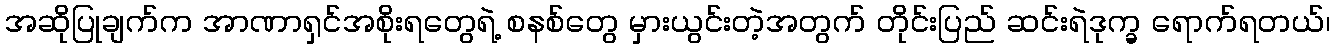
အဆိုပြုချက်က အာဏာရှင်အစိုးရတွေရဲ့ စနစ်တွေ မှားယွင်းတဲ့အတွက် တိုင်းပြည် ဆင်းရဲဒုက္ခ ရောက်ရတယ်၊